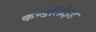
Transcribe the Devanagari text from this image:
कन्डॉलोइड